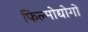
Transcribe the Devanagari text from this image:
फिल्मोद्योगों